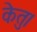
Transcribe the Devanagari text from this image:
केतु।